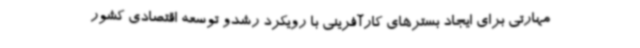
مهارتی برای ایجاد بسترهای کارآفرینی با رویکرد رشدو توسعه اقتصادی کشور